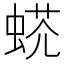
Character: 𧌺